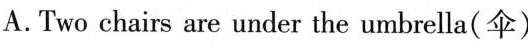
A.Two chairs are under the umbrella(伞)